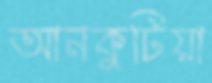
আনকুটিয়া